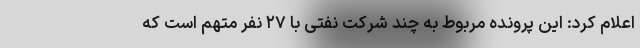
اعلام کرد: این پرونده مربوط به چند شرکت نفتی با ۲۷ نفر متهم است که